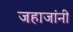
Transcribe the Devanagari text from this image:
जहाजांनी